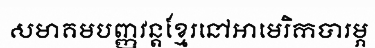
សមាគមបញ្ញវន្តខ្មែរនៅអាមេរិកបារម្ភ